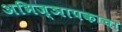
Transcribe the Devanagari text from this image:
अभिज्ञापकाचा